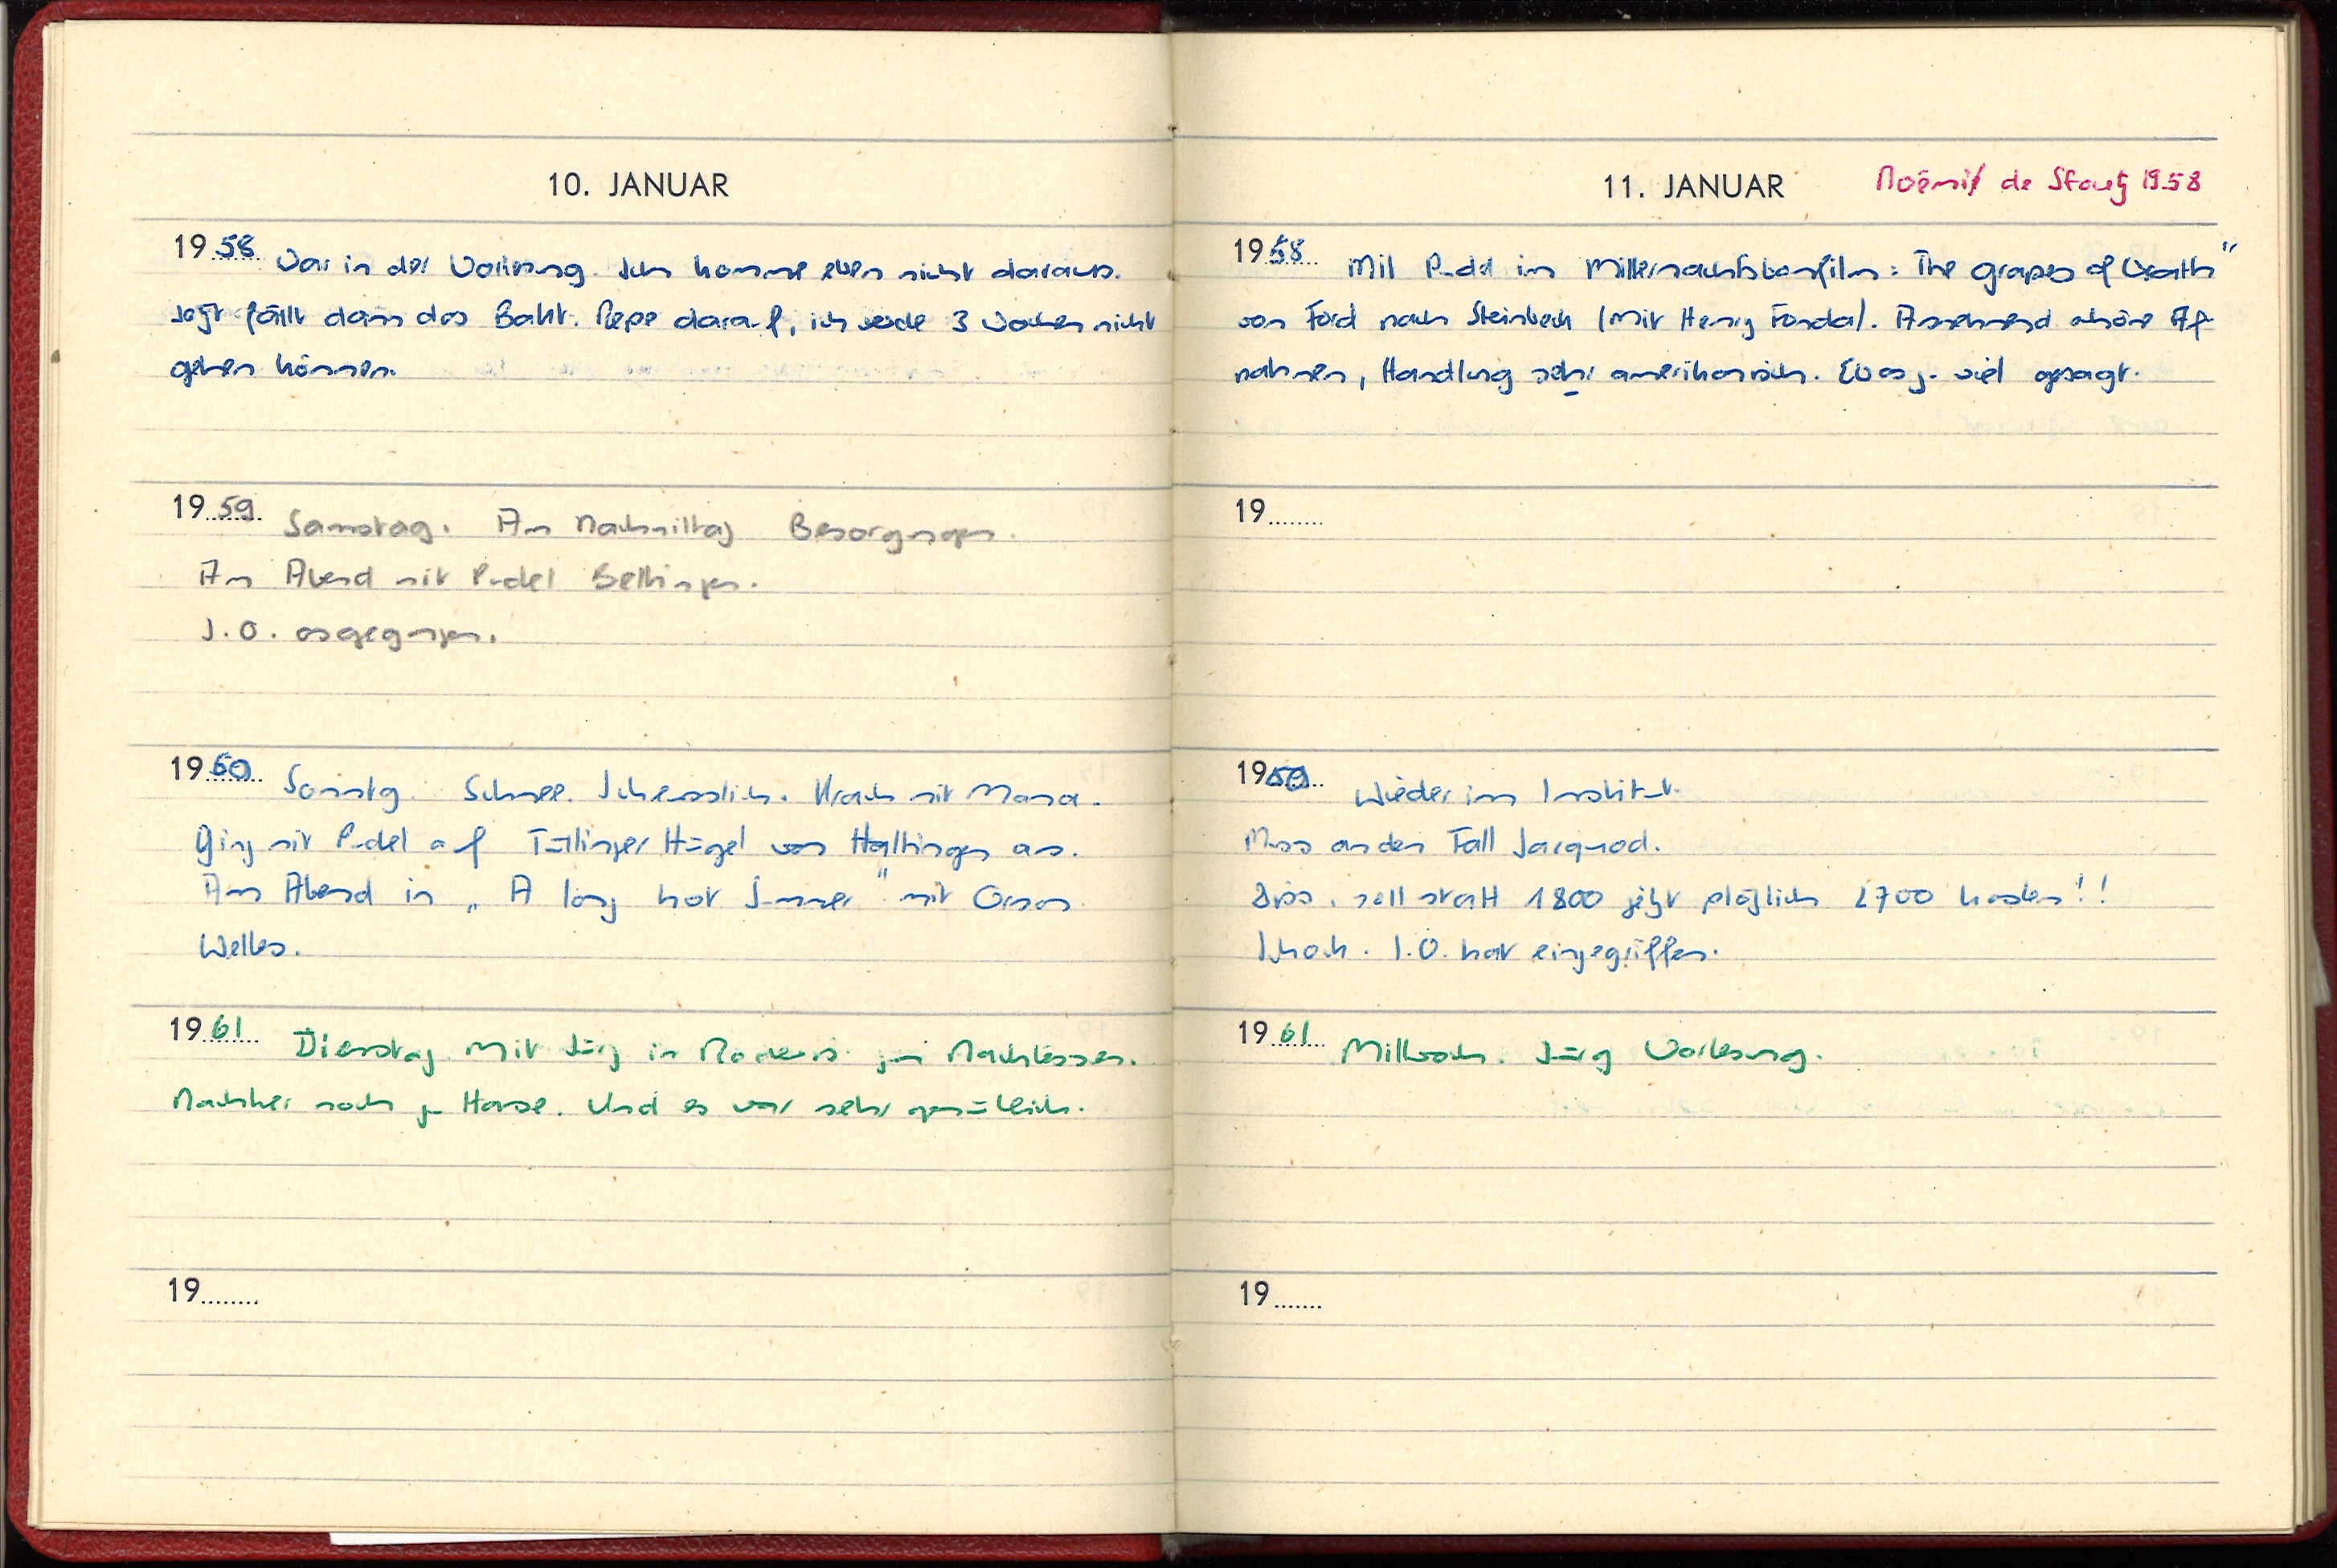
10. JANUAR
1958 War in der Vorlesung. Ich komme eben nicht daraus.
Sagt fällt dass das Bakt. Pepe darauf, ich werde 3 Wochen nicht
gehen können.
1959 Samstag. Am Nachmittag Besorgungen.
Am Abend mit Puel Bettingen.
I.O. ausgegangen.
1960 Sonntag. Schnee. Scheusslich. Krach mit Mama.
Ging mit Pudel auf Tüllinger Hügel von Haltingen aus.
Am Abend in „A long hot Summer“ mit Orson
Welles.
1961 Dienstag. Mit Jürg im Nochers zum Nachtessen.
Nachher noch zu Hause. Und es war sehr gemütlich.
19

11. JANUAR Noémie de Sfoetz 1958
1958 Mit pudel im Mitternachtsvorfilm: The grapes of Wrath“
von Ford nach Steinbeck (mit Henry Fonda). Annehmend schöne Auf-
nahmen, Handlung sehr amerikanisch. Etwas viel gesagt.
19
1960 wieder im Institut.
Muss an den Fall Jacquod.
Diss, soll statt 1800 jetzt plötzlich 2700 kosten! !
Schock. I.O. hat eingegriffen.
1961 Mittwoch Jürg Vorlesung.
19